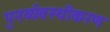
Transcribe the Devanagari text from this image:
पुनर्व्यवस्थीकरण